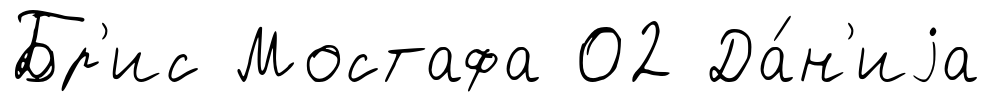
Бр'ис Мостафа 02 Да́н'иjа